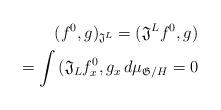
LaTeX: \begin{align*}(f^0 , g)_{\mathfrak{J}^L} = ( \mathfrak{J}^L f^0, g ) \\= \int \, (\mathfrak{J}_L f^{0}_{x} , g_x \, d\mu_{\mathfrak{G}/H} = 0\end{align*}